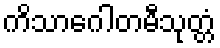
ကိသာဂေါတမီသုတ္တံ